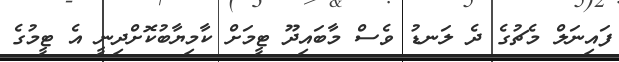
ފައިނަލް މެޗުގެ ދެ ލަނޑު ވެސް މާބައިދޫ ޓީމަށް ކާމިޔާބުކޮށްދިނީ އެ ޓީމުގެ